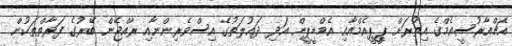
އެޗްއާރުސީއެމްގެ އިތުރަށް ޕީީޕީއެމްއާއި އެމްޑީޕީން އަދި ދައުލަތުގެ އިސްވެރިންނާއި ރާއްޖޭން ބޭރުގެ ފަރާތްތަކުން